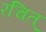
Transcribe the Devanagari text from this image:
रचित्